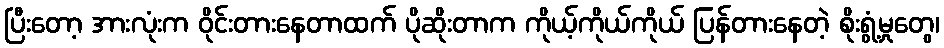
ပြီးတော့ အားလုံးက ဝိုင်းတားနေတာထက် ပိုဆိုးတာက ကိုယ့်ကိုယ်ကိုယ် ပြန်တားနေတဲ့ စိုးရွံ့မှုတွေ၊